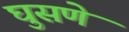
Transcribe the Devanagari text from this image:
घुसणे